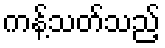
ကန့်သတ်သည့်